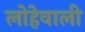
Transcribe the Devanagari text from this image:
लोहेवाली